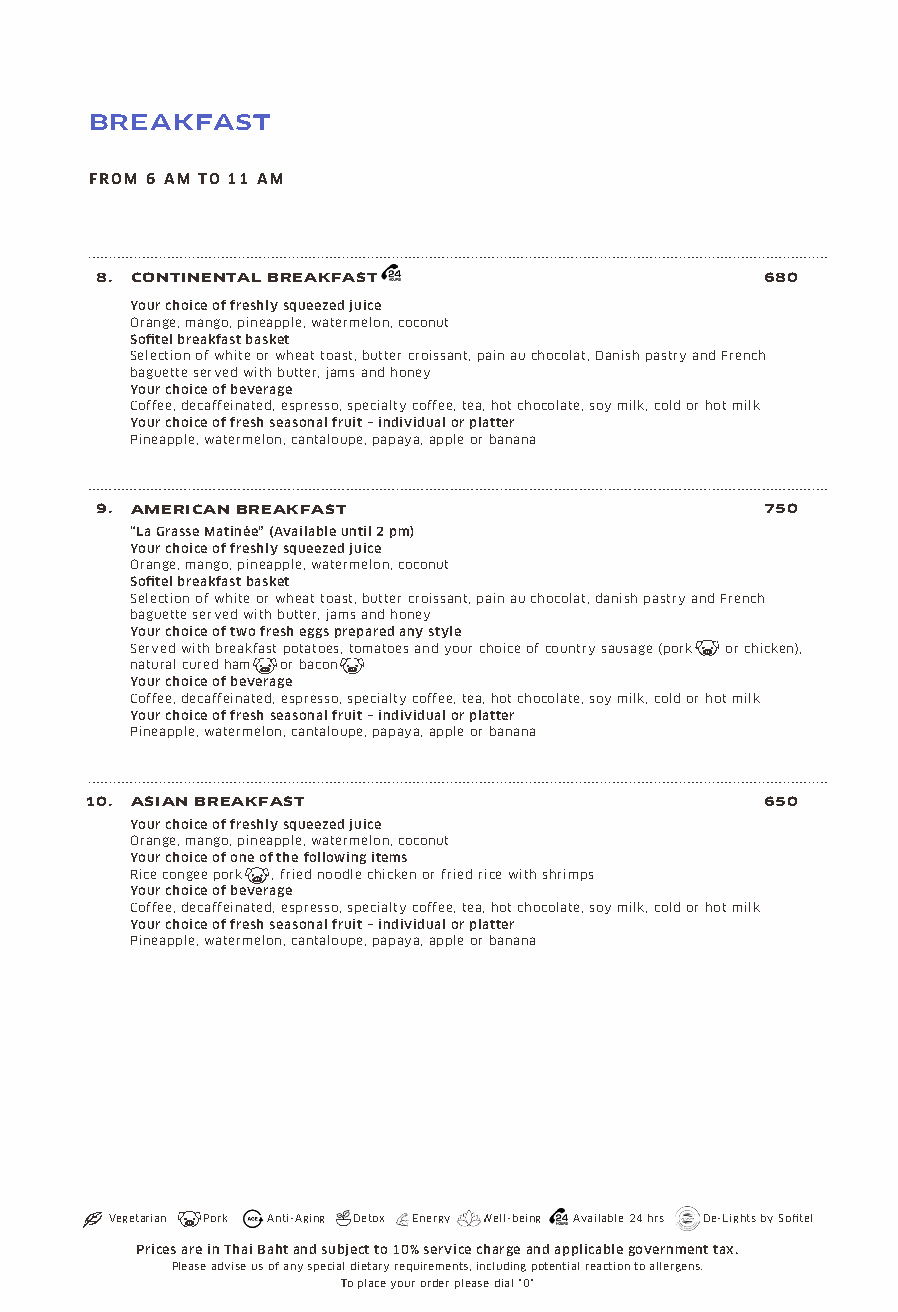
BREAKFAST
 FROM 6 AM TO 11 AM
 8. CONTINENTAL BREAKFAST                     680
 Your choice of freshly squeezed juice
 Orange, mango, pineapple, watermelon, coconut
 Sofitel breakfast basket
 Selection of white or wheat toast, butter croissant, pain au chocolat, Danish pastry and French
 baguette served with butter, jams and honey
 Your choice of beverage
 Coffee, decaffeinated, espresso, specialty coffee, tea, hot chocolate, soy milk, cold or hot milk
 Your choice of fresh seasonal fruit – individual or platter
 Pineapple, watermelon, cantaloupe, papaya, apple or banana
 9. AMERICAN BREAKFAST                        750
 “La Grasse Matinée” (Available until 2 pm)
 Your choice of freshly squeezed juice
 Orange, mango, pineapple, watermelon, coconut
 Sofitel breakfast basket
 Selection of white or wheat toast, butter croissant, pain au chocolat, danish pastry and French
 baguette served with butter, jams and honey
 Your choice of two fresh eggs prepared any style
 Served with breakfast potatoes, tomatoes and your choice of country sausage (pork or chicken),
 natural cured ham or bacon
 Your choice of beverage
 Coffee, decaffeinated, espresso, specialty coffee, tea, hot chocolate, soy milk, cold or hot milk
 Your choice of fresh seasonal fruit – individual or platter
 Pineapple, watermelon, cantaloupe, papaya, apple or banana
 10. ASIAN BREAKFAST                          650
 Your choice of freshly squeezed juice
 Orange, mango, pineapple, watermelon, coconut
 Your choice of one of the following items
 Rice congee pork , fried noodle chicken or fried rice with shrimps
 Your choice of beverage
 Coffee, decaffeinated, espresso, specialty coffee, tea, hot chocolate, soy milk, cold or hot milk
 Your choice of fresh seasonal fruit – individual or platter
 Pineapple, watermelon, cantaloupe, papaya, apple or banana
 Vegetarian Pork Anti-Aging Detox Energy Well-being Available 24 hrs De-Lights by Sofitel
 Prices are in Thai Baht and subject to 10% service charge and applicable government tax.
 Please advise us of any special dietary requirements, including potential reaction to allergens.
 To place your order please dial "0"